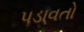
પડાવતો